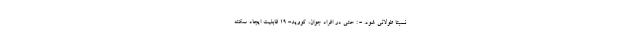
نسبتا طولانی شود. - : حتی در افراد جوان، کووید- 19 قابلیت ایجاد سکته